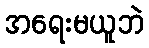
အရေးမယူဘဲ